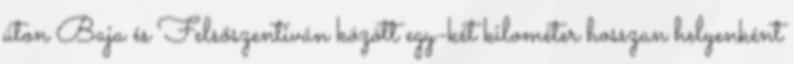
úton Baja és Felsőszentiván között egy-két kilométer hosszan helyenként